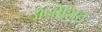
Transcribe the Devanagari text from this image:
अन्वेशित